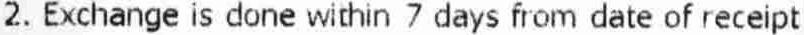
2. EXCHANGE IS DONE WITHIN 7 DAYS FROM DATE OF RECEIPT